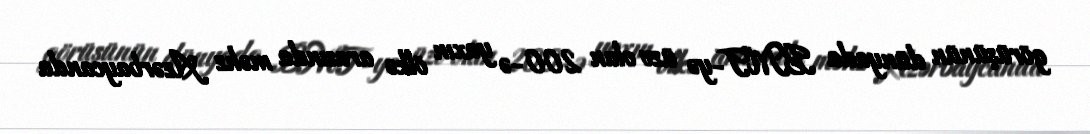
görüşünün dünyada BMT-yə üzv olan 200-ə yaxın ölkə arasında məhz Azərbaycanda